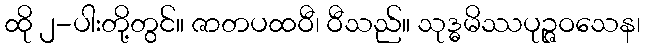
ထို ၂-ပါးတို့တွင်။ ဇာတပထဝီ၊ ဝီသည်။ သုဒ္ဓမိဿပုဉ္ဇဝသေန၊